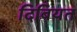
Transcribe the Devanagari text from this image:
दिबियत